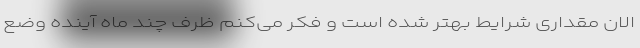
الان مقداری شرایط بهتر شده است و فکر می‌کنم ظرف چند ماه آینده وضع